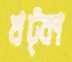
খট্কা